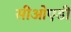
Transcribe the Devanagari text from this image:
सीओएडी